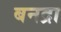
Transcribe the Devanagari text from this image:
बनद्रा